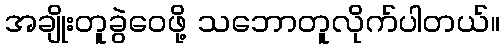
အချိုးတူခွဲဝေဖို့ သဘောတူလိုက်ပါတယ်။